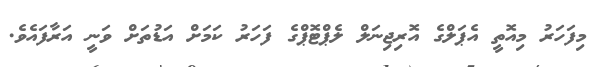
މިފަހަރު މިއޮތީ އެޕަލްގެ އޮރިޖިނަލް ލެޕްޓޮޕްގެ ފަހަރު ކަމަށް އަޑުތަށް ވަނީ އަރާފައެވެ.